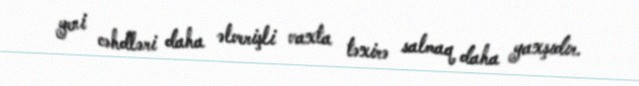
yeni cəhdləri daha əlverişli vaxta təxirə salmaq daha yaxşıdır.